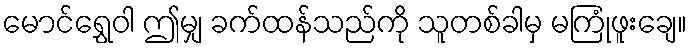
မောင်ရွှေဝါ ဤမျှ ခက်ထန်သည်ကို သူတစ်ခါမှ မကြုံဖူးချေ။